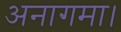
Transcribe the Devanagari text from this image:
अनागमा।